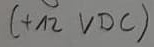
Text: +12 VDC